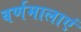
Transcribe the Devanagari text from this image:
वर्णमालाएं